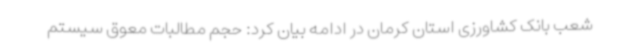
شعب بانک کشاورزی استان کرمان در ادامه بیان کرد: حجم مطالبات معوق سیستم